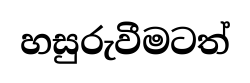
හසුරුවීමටත්